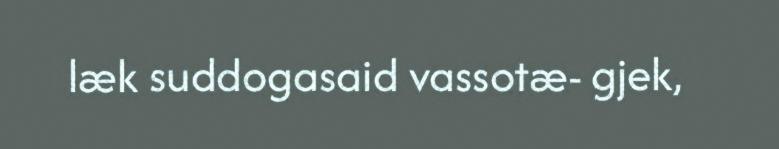
læk suddogasaid vassotæ- gjek,